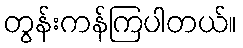
တွန်းကန်ကြပါတယ်။